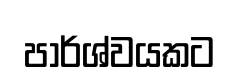
පාර්ශ්වයකට